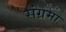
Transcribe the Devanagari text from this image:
संग्रमा